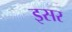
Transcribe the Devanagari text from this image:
इसर